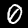
Label: 0